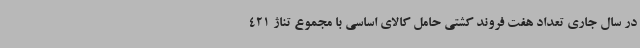
در سال جاری تعداد هفت فروند کشتی حامل کالای اساسی با مجموع تناژ 421